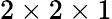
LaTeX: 2\times 2\times 1